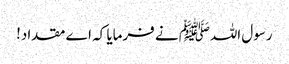
رسول اللہﷺ نے فرمایا کہ اے مقداد!